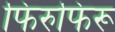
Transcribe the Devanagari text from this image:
फिरुफिरू